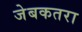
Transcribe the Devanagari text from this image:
जेबकतरा